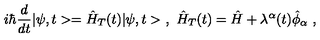
i \hbar \frac { d } { d t } | \psi , t > = \hat { H } _ { T } ( t ) | \psi , t > \ , \ \hat { H } _ { T } ( t ) = \hat { H } + \lambda ^ { \alpha } ( t ) \hat { \phi } _ { \alpha } \ ,